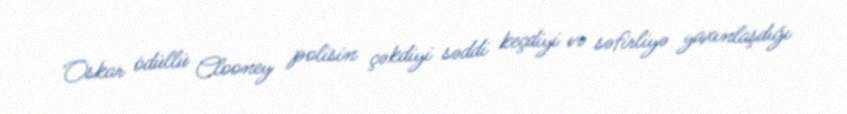
Oskar ödüllü Clooney polisin çəkdiyi səddi keçdiyi və səfirliyə yaxınlaşdığı